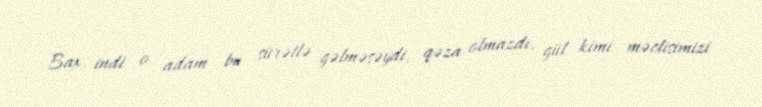
Bax, indi o adam bu sürətlə gəlməsəydi, qəza olmazdı, gül kimi məclisimizi